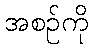
အစဉ်ကို